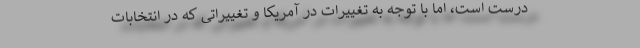
درست است، اما با توجه به تغییرات در آمریکا و تغییراتی که در انتخابات